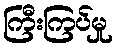
ကြီးကြပ်မှု